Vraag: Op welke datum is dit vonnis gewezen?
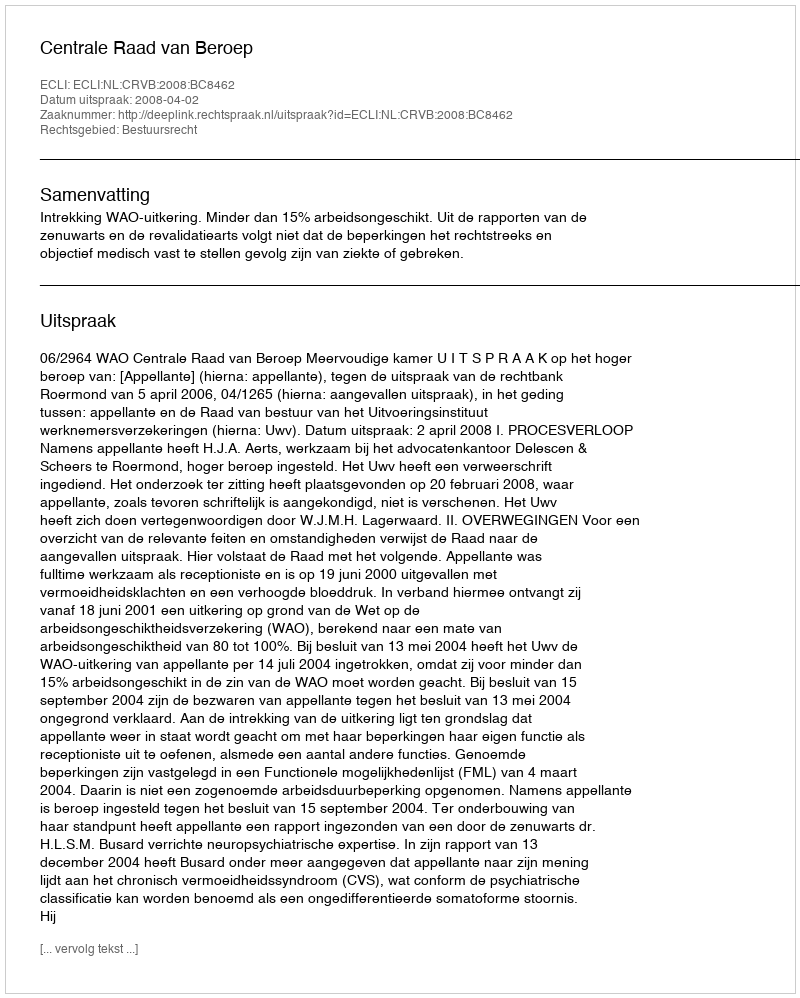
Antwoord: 2008-04-02